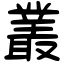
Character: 叢